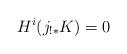
LaTeX: \begin{align*}H^i(j_{!*}K)=0 \end{align*}